Report on the Civil Veterinary Department, Eastern Bengal and Assam - 1907-1911
Year: 1907
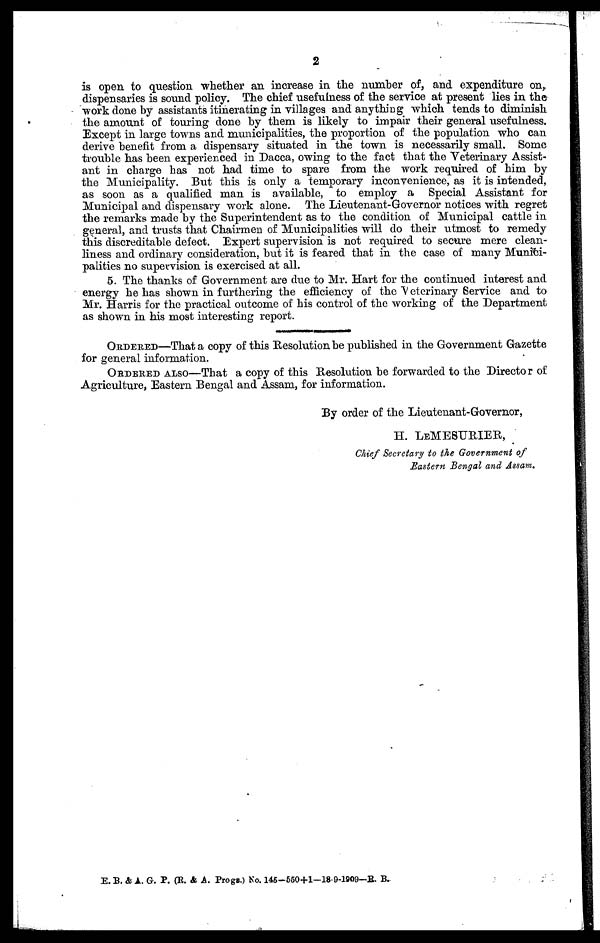
2
is open to question whether an increase in the number of, and expenditure on,
dispensaries is sound policy. The chief usefulness of the service at present lies in the
work done by assistants itinerating in villages and anything which tends to diminish
the amount of touring done by them is likely to impair their general usefulness.
Except in large towns and municipalities, the proportion of the population who can
derive benefit from a dispensary situated in the town is necessarily small. Some
trouble has been experienced in Dacca, owing to the fact that the Veterinary Assist-
ant in charge has not had time to spare from the work required of him by
the Municipality. But this is only a temporary inconvenience, as it is intended,
as soon as a qualified man is available, to employ a Special Assistant for
Municipal and dispensary work alone. The Lieutenant-Governor notices with regret
the remarks made by the Superintendent as to the condition of Municipal cattle in
general, and trusts that Chairmen of Municipalities will do their utmost to remedy
this discreditable defect. Expert supervision is not required to secure mere clean-
liness and ordinary consideration, but it is feared that in the case of many Munici-
palities no supervision is exercised at all.
5. The thanks of Government are due to Mr. Hart for the continued interest and
energy he has shown in furthering the efficiency of the Veterinary Service and to
Mr. Harris for the practical outcome of his control of the working of the Department
as shown in his most interesting report.
ORDERED—That a copy of this Resolution be published in the Government Gazette
for general information.
ORDERED ALSO—That a copy of this Resolution be forwarded to the Director of
Agriculture, Eastern Bengal and Assam, for information.
By order of the Lieutenant-Governor,
H. LE MESURIER,
Chief Secretary to the Government of
Eastern Bengal and Assam.
E. B. & A. G. P. (R. & A. Progs.) No. 145-550+1—18-9-1909—R. B.